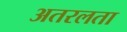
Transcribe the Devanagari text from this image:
अतरलता